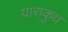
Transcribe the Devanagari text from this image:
याराकुय